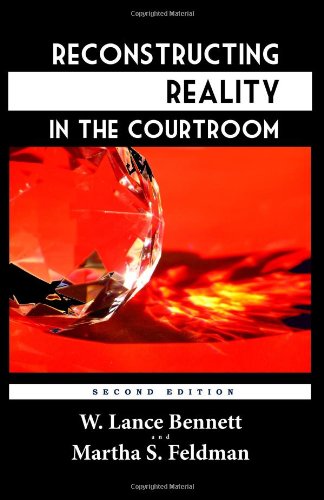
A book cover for Reconstructing Reality in the Courtroom: Justice and Judgment in American Culture; W. Lance Bennett; Law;